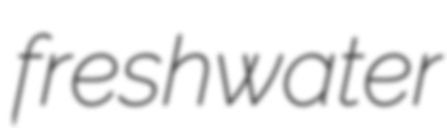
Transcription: freshwater